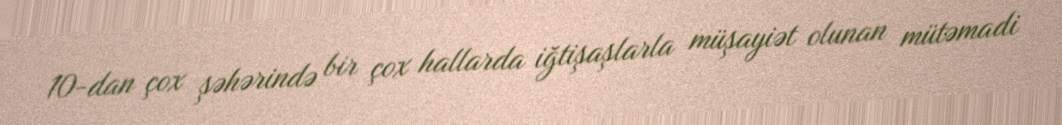
10-dan çox şəhərində bir çox hallarda iğtişaşlarla müşayiət olunan mütəmadi